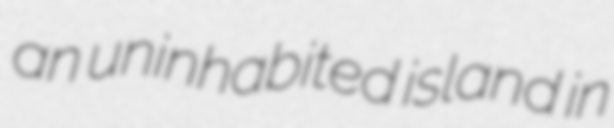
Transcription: an uninhabited island in